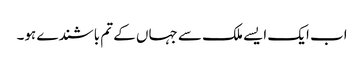
اب ایک ایسے ملک سے جہاں کے تم باشندے ہو۔